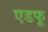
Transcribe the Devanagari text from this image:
एडफू